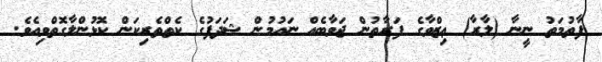
ފާތުމަތު ނީނާ (ލާރާ) ޢިޒްވާގެ ފަރާތުން ޖަވާބެއް ނައުމުން ޝަދަފުގެ ކެތްތެރިކަން ކޮޅުންލާގޮތްވިއެވެ.